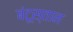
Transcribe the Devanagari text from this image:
बंटूस्तान